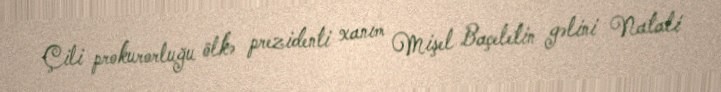
Çili prokurorluğu ölkə prezidenti xanım Mişel Baçeletin gəlini Natali